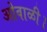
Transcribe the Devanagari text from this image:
ओवाळी।